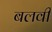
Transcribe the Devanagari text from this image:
बलवी